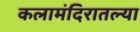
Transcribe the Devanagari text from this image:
कलामंदिरातल्या